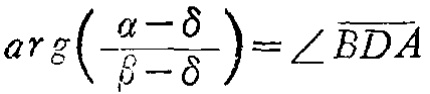
\(arg\left(\frac{\alpha - \delta}{\beta - \delta}\right)=\angle \overline{BDA}\)